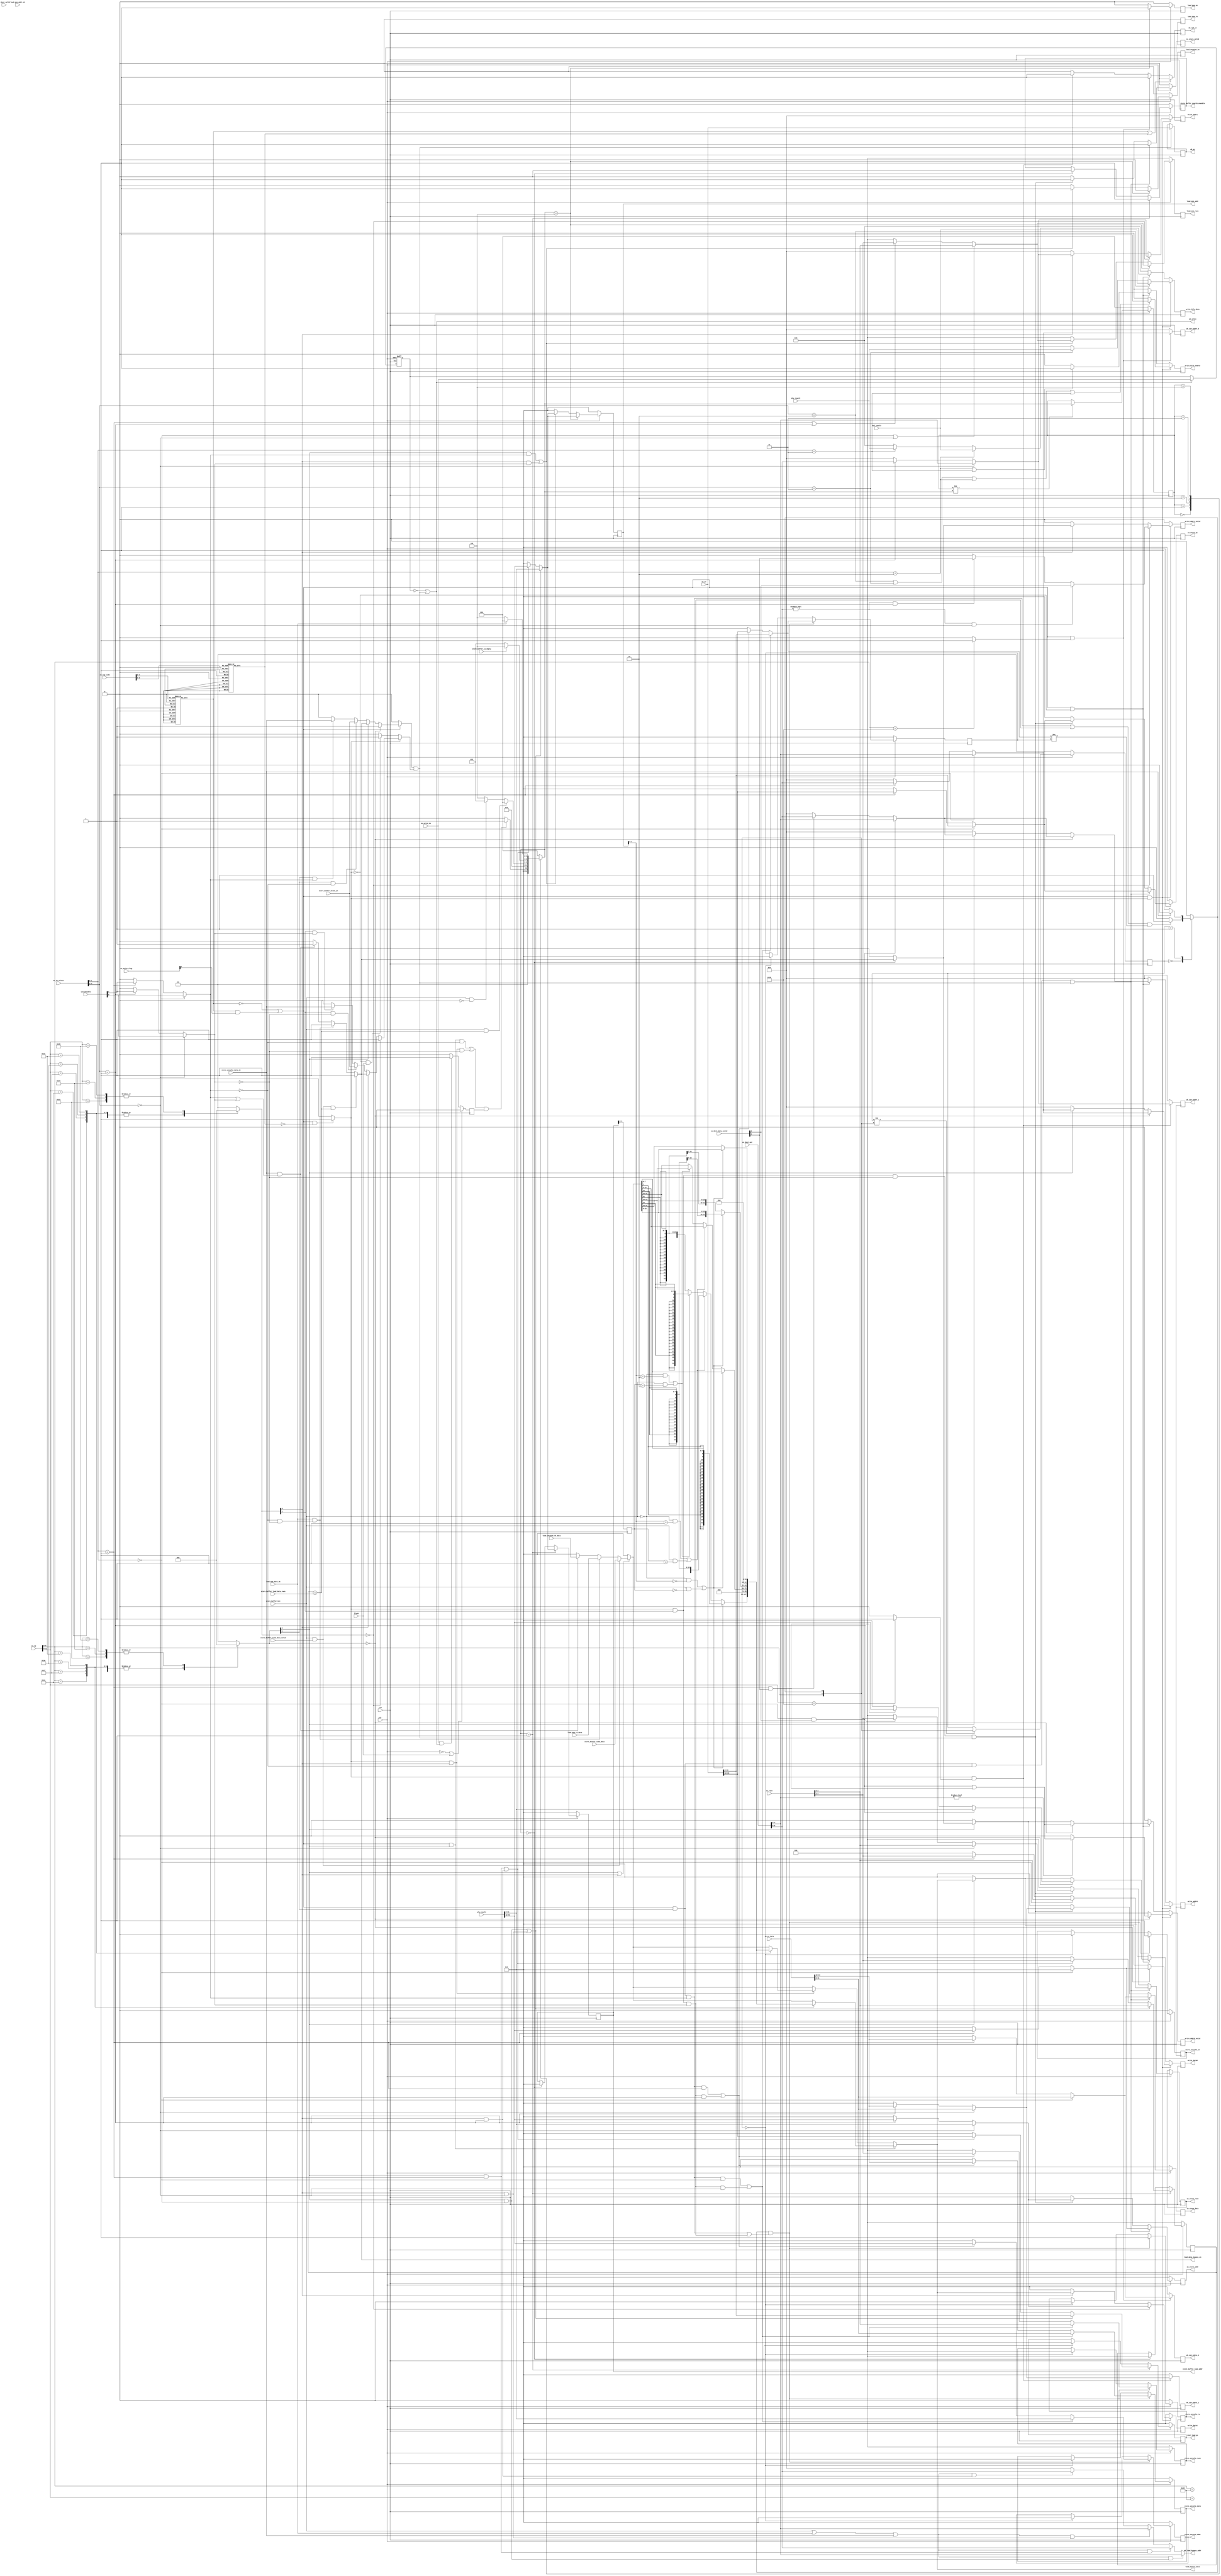
`define ISA_EXC_NO_EXC	   5'h10	// No exception
`define ISA_EXC_INT	   	   5'h00	// Interuption
`define ISA_EXC_RI 		   5'h0a	// Reserve
`define ISA_EXC_OV                5'h0c	// Arithmetic overflow
`define ISA_EXC_ADEL            5'h04	// Aligned Data Error of Load
`define ISA_EXC_ADES	           5'h05	// Aligned Data Error of Read
`define ISA_EXC_SYS	           5'h08	// System Call
`define ISA_EXC_BP                5'h09	// Break Point

`define ISA_OP_LB   	   6'h20 // 
`define ISA_OP_LBU		   6'h24 // 
`define ISA_OP_LH		   6'h21 // 
`define ISA_OP_LHU		   6'h25 // 
`define ISA_OP_LW		   6'h23 // 
`define ISA_OP_SB		   6'h28 // 
`define ISA_OP_SH		   6'h29 // 
`define ISA_OP_SW		   6'h2b // 
`define	INSN_MTC0		6'h38


`define INSN_ADD		6'h00
`define	INSN_ADDI		6'h01
`define	INSN_ADDU		6'h02
`define	INSN_ADDIU		6'h03
`define	INSN_SUB		6'h04
`define	INSN_SUBU		6'h05
`define	INSN_SLT		6'h06
`define	INSN_SLTI		6'h07
`define	INSN_SLTU		6'h08
`define	INSN_SLTIU		6'h09
`define	INSN_DIV		6'h0a
`define	INSN_DIVU		6'h0b
`define INSN_MULT		6'h0c
`define	INSN_MULTU		6'h0d
`define	INSN_AND		6'h0e
`define	INSN_ANDI		6'h0f
`define	INSN_LUI		6'h10
`define	INSN_NOR		6'h11
`define	INSN_OR			6'h12
`define	INSN_ORI		6'h13
`define	INSN_XOR		6'h14
`define	INSN_XORI		6'h15
`define	INSN_SLL		6'h16
`define INSN_SLLV		6'h17
`define	INSN_SRA		6'h18
`define	INSN_SRAV		6'h19
`define	INSN_SRL		6'h1a
`define	INSN_SRLV		6'h1b
`define	INSN_BEQ		6'h1c
`define	INSN_BNE		6'h1d
`define	INSN_BGEZ		6'h1e
`define	INSN_BGTZ		6'h1f
`define	INSN_BLEZ		6'h20
`define	INSN_BLTZ		6'h21
`define	INSN_BLTZAL		6'h22
`define	INSN_BGEZAL		6'h23
`define	INSN_J			6'h24
`define	INSN_JAL		6'h25
`define	INSN_JR			6'h26
`define	INSN_JALR		6'h27
`define	INSN_MFHI		6'h28
`define INSN_MFLO		6'h29
`define	INSN_MTHI		6'h2a
`define	INSN_MTLO		6'h2b
`define	INSN_BREAK		6'h2c
`define	INSN_SYSCALL	6'h2d
`define	INSN_LB			6'h2e
`define	INSN_LBU		6'h2f
`define	INSN_LH			6'h30
`define	INSN_LHU		6'h31
`define	INSN_LW			6'h32
`define	INSN_SB			6'h33
`define	INSN_SH			6'h34
`define	INSN_SW			6'h35
`define	INSN_ERET		6'h36
`define	INSN_MFC0		6'h37
`define	INSN_MTC0		6'h38
`define	INSN_RI			6'h39
`define	INSN_NOP		6'h3a
	
/*********       ISA      define       ************/
`define ISA_EXC_ERET               5'h11
/*********       Internal define        ************/
`define WordAddrBus_2way			63:0
`define WordAddrBus_way0           31:0
`define WordAddrBus_way1          63:32
`define AluOpBus_2way              11:0
`define AluOpBus_way0               5:0
`define AluOpBus_way1              11:6
`define WordDataBus_2way           63:0
`define WordDataBus_way0           31:0
`define WordDataBus_way1          63:32
`define DestAddr                    4:0
`define DestAddr_2way               9:0
`define DestAddr_way0               4:0
`define DestAddr_way1               9:5
`define isbrflag_2way               1:0
`define MemOpBus_2way               3:0
`define CtrlOpBus_2way              3:0
`define RegAddrBus_2way             9:0
`define IsaExpBus_2way              9:0
`define IsaExpBus_way0              4:0
`define IsaExpBus_way1              9:5
`define UnCache2WayBus		         1:0 
`define UnCacheCheckWay0	       31:16
`define UnCacheCheckWay1	       63:48
`define DestValid_2way              1:0
`define FUen                        3:0
`define FUen_MUL                    2
`define FUen_DIV                    3
`define BranchCond_2Way             1:0    
`define En2Bus                      1:0
`define PtabaddrBus_2way		     9:0
`define PtabdataBus_2way		   127:0
`define PtabdataBus_way0		    63:0
`define PtabdataBus_way1		  127:64
`define Ptabnextpc_way0	        31:0
`define Ptabnextpc_way1	       95:64
`define Delotflag_2Way              1:0    
`define FUselect_2way               3:0
`define 	RwenBus_2way             7:0
`define 	RwenBus_way0             3:0
`define 	RwenBus_way1             7:4
`define     offset_way0             1:0
`define     offset_way1           33:32

`define IDLE            3'b000
`define SB_SEARCH_BEGIN 3'b001
`define SB_SEARCH       3'b010
`define WAIT_SB_EMPTY   3'b011
`define CACHE_SEARCH    3'b100

module write_back_to_register(
	input clk,
	input rst_,
	input flush,
	
	//----EX---//
	input ex_valid_ns,
    input [`WordDataBus_2way] alu_result,
	input [`WordDataBus_2way] mul_result,
	input [`WordDataBus_2way] div_result,

	input [`WordDataBus_2way] ex_wr_data,		
	input [`RwenBus_2way]     ex_rwen,
	input [`DestAddr_2way]	  ex_Dest_out,
	input [`DestValid_2way]	  ex_Dest_valid,
	input [1:0] ex_Dest_data_valid,
	input [`Delotflag_2Way]   ex_delot_flag,
	input [`FUselect_2way]    ex_fu_select,
	input [`WordAddrBus_2way] ex_pc,
	input [`AluOpBus_2way]	  ex_op,
	input [`IsaExpBus_2way]   ex_exp_code,
	input [`UnCache2WayBus]   uncacheable,
	output        wb_allin,
	
	//----register-file----//
	output reg [4:0]  write_addr0,
	output reg [4:0]  write_addr1,
	output reg        write_addr0_valid,
	output reg        write_addr1_valid,
	output reg [31:0] write_data0,
	output reg [31:0] write_data1,
	output reg [63:0] write_hilo_data,
	output reg        write_hilo_enable,
	
	//----store_buffer----//
	input store_buffer_allow_in,
	input store_buffer_is_empty,
	output reg [31:0] in_store_data,
	output reg [31:0] in_store_addr,
	output reg [3:0]  in_store_rwen,
	//output reg        in_store_uncache,
	output reg        in_store_valid,
	output reg [31:0] in_store_pc,
	
	//----cache-----//
	input        store_buffer_hit,
	input [31:0] store_buffer_load_data,
	input        load_mem_data_ok,
	input        load_mem_addr_ok,
	input [31:0] load_uncache_rd_data,
	input [31:0] load_mem_rd_data,
	input        store_buffer_load_data_valid,
	input [3:0]  store_buffer_load_data_rwen,
	
	output reg [31:0] store_buffer_load_addr,
	output reg        store_buffer_search_enanble,
	output reg [3:0]  load_mem_rwen,
	output reg        load_mem_rw,
	output reg        load_mem_en,
	output reg [31:0] load_mem_addr,	
	output reg        load_uncache_en,
	output reg     [63:0] wb_pc,
	output reg        wb_cp0_we,
	output reg [4:0]  wb_cp0_waddr_0,
	output reg [4:0]  wb_cp0_waddr_1,
	output reg [31:0] wb_cp0_wdata_0,
	output reg [31:0] wb_cp0_wdata_1,
	
	output reg [31:0] store_uncache_addr,
	output reg [31:0] store_uncache_data,
	output reg [3:0]  store_uncache_rwen,
	output reg        store_uncache_rw,
	output reg       store_uncache_en,
	output wire       [31:0] load_bupass_data,
	output wire       load_data_bypass_en,
	output reg [31:0] inst_load_pc,
	input             store_uncache_data_ok,
    output [4:0]  wb_load_bypass_addr
);

	wire [4:0] inst0_exe_code;
	wire [4:0] inst1_exe_code;
	wire       inst0_retire_enable;
	wire       inst1_retire_enable;	
	reg        inst0_exc_detect;
	reg        inst1_exc_detect;
	reg [31:0] load_data;
	//reg [31:0] store_buffer_load_data_select;//fresh
	reg [31:0] load_data_select;
	reg [31:0] load; //fresh
	reg        load_data_seletc_valid;
	reg        inst0_issued;
	reg        inst1_issued;
	reg        wait_store_buffer_is_empty;

assign load_bupass_data = load_data_select;

wire inst0_delot_flag;
wire inst1_delot_flag;

assign inst0_delot_flag = ex_delot_flag[0];
assign inst1_delot_flag = ex_delot_flag[1];

wire state_change;
reg [2:0] state;
reg [2:0] nextstate;

wire inst0_load_cache;
wire inst1_load_cache;
wire [31:0] load_pc_now; 



//----load and store detect----//
wire [5:0] inst0_op;
wire [5:0] inst1_op;
assign inst0_op = ex_op[5:0];
assign inst1_op = ex_op[11:6];

reg [1:0] inst0_load_store_detect;
reg [1:0] inst1_load_store_detect;
wire inst0_load_detect;
wire inst1_load_detect;
wire inst0_store_detect;
wire inst1_store_detect;

assign inst0_load_detect  = inst0_load_store_detect[0];
assign inst0_store_detect = inst0_load_store_detect[1];
assign inst1_load_detect  = inst1_load_store_detect[0];
assign inst1_store_detect = inst1_load_store_detect[1];

wire inst0_mtc0_detect;
wire inst1_mtc0_detect;

assign inst0_mtc0_detect = (inst0_op == `INSN_MTC0)? 1'b1 : 1'b0;
assign inst1_mtc0_detect = (inst1_op == `INSN_MTC0)? 1'b1 : 1'b0;
	
	


//----exc detect----//	
assign inst1_exe_code = ex_exp_code[9:5];
assign inst0_exe_code = ex_exp_code[4:0];

assign inst0_retire_enable = (!inst0_exc_detect) || (inst0_exc_detect && inst1_delot_flag) ;
assign inst1_retire_enable = ((inst0_retire_enable)&&(!inst1_exc_detect))? 1'b1 : 1'b0;

always @(*)begin
	case (inst0_exe_code)
		`ISA_EXC_NO_EXC: inst0_exc_detect = 1'b0;
		`ISA_EXC_INT,`ISA_EXC_RI,`ISA_EXC_OV,`ISA_EXC_ADEL,`ISA_EXC_ADES,`ISA_EXC_SYS,`ISA_EXC_BP: inst0_exc_detect = 1'b1;
		default: inst0_exc_detect = 1'b1;
	endcase
	
	case (inst1_exe_code)
		`ISA_EXC_NO_EXC: inst1_exc_detect = 1'b0;
		`ISA_EXC_INT,`ISA_EXC_RI,`ISA_EXC_OV,`ISA_EXC_ADEL,`ISA_EXC_ADES,`ISA_EXC_SYS,`ISA_EXC_BP: inst1_exc_detect = 1'b1;
		default: inst1_exc_detect = 1'b1;
	endcase	
end

//----write_data_to_register----//
wire [1:0] inst0_fu_select;
wire [1:0] inst1_fu_select;
wire [4:0] alu0_write_addr;
wire [4:0] alu1_write_addr;
wire       alu0_write_addr_valid;
wire       alu1_write_addr_valid;

wire [31:0] alu0_result;
wire [31:0] alu1_result;

assign alu0_result = alu_result[31:0];
assign alu1_result = alu_result[63:32];

assign inst0_fu_select = ex_fu_select[1:0];
assign inst1_fu_select = ex_fu_select[3:2];

assign alu0_write_addr = ex_Dest_out[4:0];
assign alu1_write_addr = ex_Dest_out[9:5];

assign alu0_write_addr_valid = ex_Dest_data_valid[0];
assign alu1_write_addr_valid = ex_Dest_data_valid[1];

wire inst0_uncache;
wire inst1_uncache;

wire [31:0] alu0_wr_data;
wire [31:0] alu1_wr_data;
wire [3:0]  alu0_ex_rwen;
wire [3:0]  alu1_ex_rwen;
wire        alu0_uncacheable;
wire        alu1_uncacheable;

assign inst0_uncache = (inst0_fu_select == 2'b00)? alu0_uncacheable : (inst0_fu_select == 2'b01)? alu1_uncacheable : 1'b0;
assign inst1_uncache = (inst1_fu_select == 2'b00)? alu0_uncacheable : (inst1_fu_select == 2'b01)? alu1_uncacheable : 1'b0;

assign alu0_wr_data = ex_wr_data[31:0];
assign alu1_wr_data = ex_wr_data[63:32];

assign alu0_ex_rwen = ex_rwen[3:0];
assign alu1_ex_rwen = ex_rwen[7:4];

assign alu0_uncacheable = uncacheable[0];
assign alu1_uncacheable = uncacheable[1];



/*

always @(*)begin
		wb_allin = 1'b1;
end
*/
reg inst0_ready_write;
reg inst1_ready_write;
reg [3:0] store_buffer_search_rwen;

	wire wb_ready_go;
	reg wb_valid;
	
	assign wb_ready_go = inst0_ready_write & inst1_ready_write;
	assign wb_allin = !wb_valid || wb_ready_go;
	
always @(posedge clk or negedge rst_) begin
	if (!rst_) begin
		wb_valid <= 1'b0;		
	end
	else if (wb_allin) begin
		wb_valid <= ex_valid_ns;
	end
end

always@(posedge clk)begin
	if (wb_ready_go) begin 
		wb_pc <= ex_pc;
	end
end

wire [3:0] rwen_hit;
wire rwen_hit_ok;
/*always@(*)begin
    rwen_hit[3] = ~((~store_buffer_search_rwen [3]) & (store_buffer_load_data_rwen [3]));
    rwen_hit[2] = ~((~store_buffer_search_rwen [2]) & (store_buffer_load_data_rwen [2]));
    rwen_hit[1] = ~((~store_buffer_search_rwen [1]) & (store_buffer_load_data_rwen [1]));
    rwen_hit[0] = ~((~store_buffer_search_rwen [0]) & (store_buffer_load_data_rwen [0]));
    rwen_hit_ok = & rwen_hit;
end*/
assign rwen_hit_ok = (store_buffer_search_rwen == store_buffer_load_data_rwen);//20190801biang

	
always@(*)begin
	if(inst0_retire_enable)begin
		if(inst0_load_store_detect == 2'b00)            inst0_ready_write = 1'b1;
		else if(inst0_load_detect)                      inst0_ready_write = load_data_seletc_valid;
		else if((inst0_store_detect)&&(!inst0_uncache)) inst0_ready_write = store_buffer_allow_in;
		else if((inst0_store_detect)&&( inst0_uncache)) inst0_ready_write = store_uncache_data_ok;
		else                                            inst0_ready_write = 1'b0;
	end
	else begin
		inst0_ready_write = 1'b0;
	end

	if(inst1_retire_enable)begin
		if(inst1_load_store_detect == 2'b00)            inst1_ready_write = 1'b1;
		else if(inst1_load_detect)                      inst1_ready_write = load_data_seletc_valid;
		else if((inst1_store_detect)&&(!inst1_uncache)) inst1_ready_write = store_buffer_allow_in;
		else if((inst1_store_detect)&&( inst1_uncache)) inst1_ready_write = store_uncache_data_ok;
		else                                            inst1_ready_write = 1'b0;
	end
	else if(!inst1_retire_enable &&(flush))begin
		inst1_ready_write = 1'b1;
	end
	else begin
	   inst1_ready_write = 1'b0;
	end
end

reg inst0_last_pc;
reg inst1_last_pc;

always@(posedge clk)begin
    inst0_last_pc <= ex_pc[31:0];
    inst1_last_pc <= ex_pc[63:32];
end

//----write register-file----//
always @(posedge clk)begin
	if((inst0_retire_enable)&&(inst1_retire_enable))begin
	
		if(inst0_load_store_detect == 2'b00)begin
			/*write_addr0 <= ((inst0_fu_select == 2'b00)&&(alu0_write_addr_valid))? alu0_write_addr : 
			               ((inst0_fu_select == 2'b01)&&(alu1_write_addr_valid))? alu1_write_addr : 5'b0;*/
			               
			write_addr0 <= (inst0_fu_select == 2'b00)? alu0_write_addr : 
			               (inst0_fu_select == 2'b01)? alu1_write_addr : 5'b0;			         
						  
			write_addr0_valid <= (alu0_write_addr!=5'b0)?((inst0_fu_select == 2'b00)&&(alu0_write_addr_valid))|((inst0_fu_select == 2'b01)&&(alu1_write_addr_valid)):'b0;
			
			/*write_addr0_valid <= (inst0_fu_select == 2'b00)|(inst0_fu_select == 2'b01);*/
			
			/*write_data0 <= ((inst0_fu_select == 2'b00)&&(alu0_write_addr_valid))? alu0_result :
			               ((inst0_fu_select == 2'b01)&&(alu1_write_addr_valid))? alu1_result : 32'b0;*/
						   
			write_data0 <= (inst0_fu_select == 2'b00)? alu0_result :
			               (inst0_fu_select == 2'b01)? alu1_result : 32'b0;			
		end
		else if(inst0_load_detect)begin
			/*write_addr0 <= ((inst0_fu_select == 2'b00)&&(alu0_write_addr_valid))? alu0_write_addr : 
			               ((inst0_fu_select == 2'b01)&&(alu1_write_addr_valid))? alu1_write_addr :5'b0;*/

			write_addr0 <= (inst0_fu_select == 2'b00)? alu0_write_addr : 
			               (inst0_fu_select == 2'b01)? alu1_write_addr : 5'b0;	
						   
			write_addr0_valid <= (nextstate == `IDLE)? load_data_seletc_valid : 1'b0;
			
			write_data0       <= load_data_select;
		end
		else begin
			write_addr0       <= 5'b0;
			write_addr0_valid <= 1'b0;
			write_data0       <= 32'b0;
		end		
		
		if(inst1_load_store_detect == 2'b00)begin	
			/*write_addr1 <= ((inst1_fu_select == 2'b00)&&(alu0_write_addr_valid))? alu0_write_addr : 
			               ((inst1_fu_select == 2'b01)&&(alu1_write_addr_valid))? alu1_write_addr : 5'b0;*/
						  
			write_addr1 <= (inst1_fu_select == 2'b00)? alu0_write_addr : 
			               (inst1_fu_select == 2'b01)? alu1_write_addr :5'b0;

			write_addr1_valid <= (alu1_write_addr!=5'b0 && inst1_fu_select == 2'b00)?alu0_write_addr_valid:
			                     (alu1_write_addr!=5'b0 && inst1_fu_select == 2'b01)?alu1_write_addr_valid:'b0;
			
			/*write_addr1_valid <= (inst1_fu_select == 2'b00)|(inst1_fu_select == 2'b01);*/
			
			/*write_data1 <= ((inst1_fu_select == 2'b00)&&(alu0_write_addr_valid))? alu0_result :
			               ((inst1_fu_select == 2'b01)&&(alu1_write_addr_valid))? alu1_result : 32'b0;*/
						   
			write_data1 <= (inst1_fu_select == 2'b00)? alu0_result :
			               (inst1_fu_select == 2'b01)? alu1_result : 32'b0;						   
		end		
		else if(inst1_load_detect)begin
			/*write_addr1 <= ((inst1_fu_select == 2'b00)&&(alu0_write_addr_valid))? alu0_write_addr : 
			               ((inst1_fu_select == 2'b01)&&(alu1_write_addr_valid))? alu1_write_addr : 5'b0;*/
						  
			write_addr1 <= (inst1_fu_select == 2'b00)? alu0_write_addr : 
			               (inst1_fu_select == 2'b01)? alu1_write_addr :5'b0;
						  
			write_addr1_valid <= (nextstate == `IDLE)? load_data_seletc_valid : 1'b0;
			
			write_data1       <= load_data_select;
		end
		else begin
			write_addr1       <= 5'b0;
			write_addr1_valid <= 1'b0;
			write_data1       <= 32'b0;
		end
		
		write_hilo_enable <= ((inst1_fu_select == 2'b10)||(inst1_fu_select == 2'b11)||(inst0_fu_select == 2'b10)||(inst0_fu_select == 2'b11))? 1'b1 : 1'b0;
		write_hilo_data   <= (inst1_fu_select == 2'b10)? mul_result : 
						     (inst1_fu_select == 2'b11)? div_result : 
						     (inst0_fu_select == 2'b10)? mul_result : 
						     (inst0_fu_select == 2'b11)? div_result : 64'b0;
		
	end
	else if((inst0_retire_enable)&&(!inst1_retire_enable))begin
	    write_addr1       <= 5'b0;
		write_addr1_valid <= 1'b0;
		write_data1       <= 32'b0;
		if(inst0_load_store_detect == 2'b00)begin
			write_addr0 <= ((inst0_fu_select == 2'b00)&&(alu0_write_addr_valid))? alu0_write_addr : 
			               ((inst0_fu_select == 2'b01)&&(alu1_write_addr_valid))? alu1_write_addr : 5'b0;
						  
			write_addr0_valid <= ((inst0_fu_select == 2'b00)&&(alu0_write_addr_valid))|((inst0_fu_select == 2'b01)&&(alu1_write_addr_valid));
			
			write_data0 <= ((inst0_fu_select == 2'b00)&&(alu0_write_addr_valid))? alu0_result :
			               ((inst0_fu_select == 2'b01)&&(alu1_write_addr_valid))? alu1_result : 32'b0;
		end
		else if(inst0_load_detect)begin
			write_addr0 <= ((inst0_fu_select == 2'b00)&&(alu0_write_addr_valid))? alu0_write_addr : 
			               ((inst0_fu_select == 2'b01)&&(alu1_write_addr_valid))? alu1_write_addr : 5'b0;
						  
			write_addr0_valid <= (nextstate == `IDLE)? load_data_seletc_valid : 1'b0;
			
			write_data0       <= load_data_select;
		end
		else begin
			write_addr0       <= 5'b0;
			write_addr0_valid <= 1'b0;
			write_data0       <= 32'b0;
		end			
	
		write_hilo_enable <= ((inst0_fu_select == 2'b10)||(inst0_fu_select == 2'b11))? 1'b1 : 1'b0;
		write_hilo_data   <= (inst0_fu_select == 2'b10)? mul_result : 
						     (inst0_fu_select == 2'b11)? div_result : 64'b0;
			
	end
	else begin
		write_addr0       <= 5'b0;
		write_addr0_valid <= 1'b0;
		write_data0       <= 32'b0;
		
		write_addr1       <= 5'b0;
		write_addr1_valid <= 1'b0;
		write_data1       <= 32'b0;
		
		write_hilo_enable <= 1'b0;
		write_hilo_data   <= 64'b0;
	end
end




//----load and store detect----//
always@(posedge clk)begin
	if((inst0_retire_enable)&&(inst0_mtc0_detect))begin

		wb_cp0_wdata_0 <= (inst0_fu_select == 2'b00)? alu0_wr_data    : (inst0_fu_select == 2'b01)? alu1_wr_data    : 32'b0;
		wb_cp0_waddr_0 <= (inst0_fu_select == 2'b00)? alu0_write_addr : (inst0_fu_select == 2'b01)? alu1_write_addr : 5'b0;
		
	end
	else begin
		wb_cp0_wdata_0 <= 32'b0;
		wb_cp0_waddr_0 <= 5'b0;	
	end

	if((inst1_retire_enable)&&(inst1_mtc0_detect))begin
	
		wb_cp0_wdata_1 <= (inst1_fu_select == 2'b00)? alu0_wr_data    : (inst1_fu_select == 2'b01)? alu1_wr_data    : 32'b0;
		wb_cp0_waddr_1 <= (inst1_fu_select == 2'b00)? alu0_write_addr : (inst1_fu_select == 2'b01)? alu1_write_addr : 5'b0;
		
	end
	else begin
		wb_cp0_wdata_1 <= 32'b0;
		wb_cp0_waddr_1 <= 5'b0;	
	end

	wb_cp0_we <= (inst0_exc_detect || inst1_exc_detect)?1'b0:((inst0_retire_enable)&&(inst0_mtc0_detect))? 1'b1 : ((inst1_retire_enable)&&(inst1_mtc0_detect))? 1'b1 : 1'b0;
end



always @(*)begin
	case (inst0_op)
		`INSN_LB  : inst0_load_store_detect = 2'b01;//01 <- load 
		`INSN_LBU : inst0_load_store_detect = 2'b01;//10 <- store
		`INSN_LH  : inst0_load_store_detect = 2'b01;
		`INSN_LHU : inst0_load_store_detect = 2'b01;
		`INSN_LW  : inst0_load_store_detect = 2'b01;
		`INSN_SB  : inst0_load_store_detect = 2'b10;
		`INSN_SH  : inst0_load_store_detect = 2'b10;
		`INSN_SW  : inst0_load_store_detect = 2'b10;
		default   : inst0_load_store_detect = 2'b00;
	endcase
	
	case (inst1_op)
		`INSN_LB  : inst1_load_store_detect = 2'b01;//01 <- load 
		`INSN_LBU : inst1_load_store_detect = 2'b01;//10 <- store
		`INSN_LH  : inst1_load_store_detect = 2'b01;
		`INSN_LHU : inst1_load_store_detect = 2'b01;
		`INSN_LW  : inst1_load_store_detect = 2'b01;
		`INSN_SB  : inst1_load_store_detect = 2'b10;
		`INSN_SH  : inst1_load_store_detect = 2'b10;
		`INSN_SW  : inst1_load_store_detect = 2'b10;
		default   : inst1_load_store_detect = 2'b00;
	endcase
end



assign load_pc_now =  (((inst0_load_detect) && (inst0_fu_select == 2'b00))||((inst1_load_detect) && (inst1_fu_select == 2'b00)))? ex_pc[31:0]  :  
		                               (((inst0_load_detect) && (inst0_fu_select == 2'b01))||((inst1_load_detect) && (inst1_fu_select == 2'b01)))? ex_pc[63:32]   : 32'b0;

assign inst0_load_cache = ((inst0_retire_enable)&&(inst0_load_detect)&&(!inst0_uncache));
assign inst1_load_cache = ((inst1_retire_enable)&&(inst1_load_detect)&&(!inst1_uncache));

assign 	state_change 		= (state != nextstate);	

	always @ (posedge clk) begin
		if(!rst_) begin
			state <= `IDLE;
		end
		else if (state_change) begin
			state <= nextstate;
		end
	end

reg new_in;
always@(posedge clk)begin
    if(!rst_ | flush)begin
        new_in <= 1'b0;
    end
    else if((ex_valid_ns) && (wb_allin))begin
        new_in <= 1'b1;
    end
    else begin
         new_in <= 1'b0;
    end
end


	always @(*) begin
		case (state)
			`IDLE    	     : nextstate =	((inst0_load_cache || inst1_load_cache)&& (new_in))? `SB_SEARCH_BEGIN : `IDLE;
			`SB_SEARCH_BEGIN : nextstate =  `SB_SEARCH;
			`SB_SEARCH       : nextstate = ((store_buffer_hit) && (rwen_hit_ok))? `IDLE : ((store_buffer_hit) && (!rwen_hit_ok))? `WAIT_SB_EMPTY :`CACHE_SEARCH;
			`WAIT_SB_EMPTY   : nextstate = (store_buffer_is_empty)? `CACHE_SEARCH : `WAIT_SB_EMPTY;
			`CACHE_SEARCH    : nextstate = (load_mem_data_ok)? `IDLE : `CACHE_SEARCH;
			default		     : nextstate = `IDLE;
		endcase
	end
	


//----load data from mem or cache----//
always @(posedge clk)begin//----store_cache_type----//
    if(!rst_)begin
 		store_buffer_load_addr      <= 32'b0;
		store_buffer_search_enanble <= 1'b0;      
		inst_load_pc                <=  32'b0;
		store_buffer_search_rwen    <=4'b0;
    end
	else if(nextstate == `SB_SEARCH_BEGIN )begin
		store_buffer_load_addr      <= (((inst0_load_detect) && (inst0_fu_select == 2'b00))||((inst1_load_detect) && (inst1_fu_select == 2'b00)))? alu0_result  :  
		                               (((inst0_load_detect) && (inst0_fu_select == 2'b01))||((inst1_load_detect) && (inst1_fu_select == 2'b01)))? alu1_result  : 32'b0;
		store_buffer_search_enanble <= 1'b1;
		
		store_buffer_search_rwen    <= (((inst0_load_detect) && (inst0_fu_select == 2'b00))||((inst1_load_detect) && (inst1_fu_select == 2'b00)))? alu0_ex_rwen  :  
		                               (((inst0_load_detect) && (inst0_fu_select == 2'b01))||((inst1_load_detect) && (inst1_fu_select == 2'b01)))? alu1_ex_rwen  : 32'b0;
		
		inst_load_pc                <= (((inst0_load_detect) && (inst0_fu_select == 2'b00))||((inst1_load_detect) && (inst1_fu_select == 2'b00)))? ex_pc[31:0]  :  
		                               (((inst0_load_detect) && (inst0_fu_select == 2'b01))||((inst1_load_detect) && (inst1_fu_select == 2'b01)))? ex_pc[63:32]   : 32'b0;
	end
	else if(nextstate == `IDLE )begin
		store_buffer_load_addr      <= 32'b0;
		store_buffer_search_enanble <= 1'b0;
		inst_load_pc                <=  32'b0;
		store_buffer_search_rwen    <=4'b0;
	end
end



always@(posedge clk)begin
	if(!rst_)begin
		load_mem_addr   <= 32'b0;
		load_mem_rwen   <= 4'b0;
		load_mem_rw     <= 1'b0;
		load_mem_en     <= 1'b0;
		load_uncache_en <= 1'b0;
	end
	else if(nextstate == `CACHE_SEARCH)begin
		load_mem_addr   <= (((inst0_load_detect) && (inst0_fu_select == 2'b00))||((inst1_load_detect) && (inst1_fu_select == 2'b00)))? alu0_result  :  
		                   (((inst0_load_detect) && (inst0_fu_select == 2'b01))||((inst1_load_detect) && (inst1_fu_select == 2'b01)))? alu1_result  : 32'b0;
		load_mem_rwen   <= (inst0_fu_select == 2'b00 || inst1_fu_select == 2'b00)? alu0_ex_rwen     : (inst0_fu_select == 2'b01 || inst1_fu_select == 2'b01)? alu1_ex_rwen     : 4'b0;
		load_mem_rw     <= 1'b0;
		load_mem_en     <= 1'b1;
		load_uncache_en <= 1'b0;
	end
	else if((inst0_load_detect & inst0_uncache) | (inst1_load_detect & inst1_uncache) )begin
		load_mem_addr   <= (((inst0_load_detect) && (inst0_fu_select == 2'b00))||((inst1_load_detect) && (inst1_fu_select == 2'b00)))? alu0_result  :  
		                   (((inst0_load_detect) && (inst0_fu_select == 2'b01))||((inst1_load_detect) && (inst1_fu_select == 2'b01)))? alu1_result  : 32'b0;
		load_mem_rwen   <= (inst0_fu_select == 2'b00 || inst1_fu_select == 2'b00)? alu0_ex_rwen     : (inst0_fu_select == 2'b01 || inst1_fu_select == 2'b01)? alu1_ex_rwen     : 4'b0;
		load_mem_rw     <= 1'b0;
		load_mem_en     <= 1'b0;
		load_uncache_en <= 1'b1;
	end
	else begin
		load_mem_addr   <= 32'b0;
		load_mem_rwen   <= 4'b0;
		load_mem_rw     <= 1'b0;
		load_mem_en     <= 1'b0;
		load_uncache_en <= 1'b0;
	end
end


always@(*)begin
	if((inst0_load_detect)||(inst1_load_detect))begin
		load_data = (store_buffer_hit && store_buffer_load_data_valid)? store_buffer_load_data : (load_mem_data_ok && (!inst0_uncache && !inst1_uncache))? load_mem_rd_data : (store_uncache_data_ok &&(inst0_uncache || inst1_uncache))? load_uncache_rd_data : 32'b0;
	end
	else begin
		load_data = 32'b0;
	end
end

always@(*)begin
	load_data_seletc_valid = (store_buffer_hit && store_buffer_load_data_valid && rwen_hit_ok)? 1'b1 : (load_mem_data_ok && (!inst0_uncache && !inst1_uncache))?  1'b1  : (store_uncache_data_ok &&(inst0_uncache || inst1_uncache))?  1'b1  : 1'b0;
end
    assign load_data_bypass_en = load_data_seletc_valid;
/*
always @(posedge clk)begin
	if((inst0_load_detect)||(inst1_load_detect))begin
		wb_allin <= (store_buffer_hit && store_buffer_load_data_valid)? 1'b1 : (load_mem_data_ok && load_mem_en)? 1'b1 : (load_mem_data_ok )?1'b1 : 1'b0;
	end
	else if ((inst0_store_detect && (!inst0_uncache))||(inst1_store_detect && (!inst1_uncache)))begin
		wb_allin <= store_buffer_allow_in;
	end
	else if((inst0_store_detect && inst0_uncache)||(inst1_store_detect && inst1_uncache))begin
		wb_allin <= store_uncache_data_ok;
	end
	else begin
		wb_allin <= 1'b1;
	end
end
*/



//----select data----//
/*always @(*)begin

	if((inst0_retire_enable)&&(inst0_load_detect))begin
		case (inst0_op)
			`INSN_LB  : load_data_select = {{24{load_data[7]}},load_data[7:0]};
			`INSN_LBU : load_data_select = {24'b0,load_data[7:0]};
			`INSN_LH  : load_data_select = {{16{load_data[15]}},load_data[15:0]};
			`INSN_LHU : load_data_select = {16'b0,load_data[15:0]};
			`INSN_LW  : load_data_select = load_data;
			default   : load_data_select = load_data;
		endcase
	end
	else if((inst1_retire_enable)&&(inst1_load_detect))begin
		case (inst1_op)
			`INSN_LB  : load_data_select = {{24{load_data[7]}},load_data[7:0]};
			`INSN_LBU : load_data_select = {24'b0,load[7:0]};
			`INSN_LH  : load_data_select = {{16{load_data[15]}},load_data[15:0]};
			`INSN_LHU : load_data_select = {16'b0,load_data[15:0]};
			`INSN_LW  : load_data_select = load_data;
			default   : load_data_select = load_data;
		endcase
	end
	else begin
		load_data_select = load_data;
	end
end*/  // by ysr 20190731
reg [31:0] store_buffer_load_addr_reg;//by  ysr 0731
always @ (posedge clk)begin
   store_buffer_load_addr_reg   <= store_buffer_load_addr; 
end



assign wb_load_bypass_addr = ((store_buffer_hit || load_mem_data_ok || store_uncache_data_ok )&&(inst0_load_detect && inst0_fu_select == 2'b00))? alu0_write_addr :
                             ((store_buffer_hit || load_mem_data_ok || store_uncache_data_ok )&&(inst0_load_detect && inst0_fu_select == 2'b01))? alu1_write_addr :
                             ((store_buffer_hit || load_mem_data_ok || store_uncache_data_ok )&&(inst1_load_detect && inst1_fu_select == 2'b00))? alu0_write_addr :
                             ((store_buffer_hit || load_mem_data_ok || store_uncache_data_ok )&&(inst1_load_detect && inst1_fu_select == 2'b01))? alu1_write_addr : 5'b0;




always @(*)begin

	if((inst0_retire_enable)&&(inst0_load_detect))begin
		case (inst0_op)
			`INSN_LB  : load_data_select = (((!store_buffer_hit)&&(load_mem_addr[1:0]==2'b00))|((store_buffer_hit)&&(store_buffer_load_addr_reg[1:0]==2'b00)))?{{24{load_data[7]}},load_data[7:0]}:
			                               (((!store_buffer_hit)&&(load_mem_addr[1:0]==2'b01))|((store_buffer_hit)&&(store_buffer_load_addr_reg[1:0]==2'b01)))?{{24{load_data[15]}},load_data[15:8]}:
			                               (((!store_buffer_hit)&&(load_mem_addr[1:0]==2'b10))|((store_buffer_hit)&&(store_buffer_load_addr_reg[1:0]==2'b10)))?{{24{load_data[23]}},load_data[23:16]}:
			                                {{24{load_data[31]}},load_data[31:24]};
			`INSN_LBU : load_data_select = (((!store_buffer_hit)&&(load_mem_addr[1:0]==2'b00))|((store_buffer_hit)&&(store_buffer_load_addr_reg[1:0]==2'b00)))?{24'b0,load_data[7:0]}:
			                               (((!store_buffer_hit)&&(load_mem_addr[1:0]==2'b01))|((store_buffer_hit)&&(store_buffer_load_addr_reg[1:0]==2'b01)))?{24'b0,load_data[15:8]}:
			                               (((!store_buffer_hit)&&(load_mem_addr[1:0]==2'b10))|((store_buffer_hit)&&(store_buffer_load_addr_reg[1:0]==2'b10)))?{24'b0,load_data[23:16]}:
			                                {24'b0,load_data[31:24]};
			`INSN_LH  : load_data_select = (((!store_buffer_hit)&&(load_mem_addr[1:0]==2'b00))|((store_buffer_hit)&&(store_buffer_load_addr_reg[1:0]==2'b00)))?{{16{load_data[15]}},load_data[15:0]}:
			                               {{16{load_data[31]}},load_data[31:16]};
			`INSN_LHU : load_data_select = (((!store_buffer_hit)&&(load_mem_addr[1:0]==2'b00))|((store_buffer_hit)&&(store_buffer_load_addr_reg[1:0]==2'b00)))?{16'b0,load_data[15:0]}:
			                                {16'b0,load_data[31:16]};
			`INSN_LW  : load_data_select = load_data;
			default   : load_data_select = load_data;
		endcase
	end
	else if((inst1_retire_enable)&&(inst1_load_detect))begin
		case (inst1_op)
			`INSN_LB  : load_data_select = (((!store_buffer_hit)&&(load_mem_addr[1:0]==2'b00))|((store_buffer_hit)&&(store_buffer_load_addr_reg[1:0]==2'b00)))?{{24{load_data[7]}},load_data[7:0]}:
			                               (((!store_buffer_hit)&&(load_mem_addr[1:0]==2'b01))|((store_buffer_hit)&&(store_buffer_load_addr_reg[1:0]==2'b01)))?{{24{load_data[15]}},load_data[15:8]}:
			                               (((!store_buffer_hit)&&(load_mem_addr[1:0]==2'b10))|((store_buffer_hit)&&(store_buffer_load_addr_reg[1:0]==2'b10)))?{{24{load_data[23]}},load_data[23:16]}:
			                                {{24{load_data[31]}},load_data[31:24]};
			`INSN_LBU : load_data_select = (((!store_buffer_hit)&&(load_mem_addr[1:0]==2'b00))|((store_buffer_hit)&&(store_buffer_load_addr_reg[1:0]==2'b00)))?{24'b0,load_data[7:0]}:
			                               (((!store_buffer_hit)&&(load_mem_addr[1:0]==2'b01))|((store_buffer_hit)&&(store_buffer_load_addr_reg[1:0]==2'b01)))?{24'b0,load_data[15:8]}:
			                               (((!store_buffer_hit)&&(load_mem_addr[1:0]==2'b10))|((store_buffer_hit)&&(store_buffer_load_addr_reg[1:0]==2'b10)))?{24'b0,load_data[23:16]}:
			                                {24'b0,load_data[31:24]};
			`INSN_LH  : load_data_select = (((!store_buffer_hit)&&(load_mem_addr[1:0]==2'b00))|((store_buffer_hit)&&(store_buffer_load_addr_reg[1:0]==2'b00)))?{{16{load_data[15]}},load_data[15:0]}:
			                               {{16{load_data[31]}},load_data[31:16]};
			`INSN_LHU : load_data_select = (((!store_buffer_hit)&&(load_mem_addr[1:0]==2'b00))|((store_buffer_hit)&&(store_buffer_load_addr_reg[1:0]==2'b00)))?{16'b0,load_data[15:0]}:
			                                {16'b0,load_data[31:16]};
			`INSN_LW  : load_data_select = load_data;
			default   : load_data_select = load_data;
		endcase
	end
	else begin
		load_data_select = load_data;
	end
end

`define STORE_UNCACHE_IDLE  2'b00
`define STORE_UNCACHE_BEGIN 2'B01

reg [1:0] store_uncache_state;
reg [1:0] store_uncache_nextstate;
//----data to cache----//

wire inst0_store_uncache;
wire inst1_store_uncache;

assign inst0_store_uncache = ((inst0_retire_enable)&&(inst0_store_detect)&&(inst0_uncache));
assign inst1_store_uncache = ((inst1_retire_enable)&&(inst1_store_detect)&&(inst1_uncache));

reg [31:0] last_store_uncache_pc;
wire [31:0] now_store_uncache_pc;

assign now_store_uncache_pc =  (((inst0_store_uncache) && (inst0_fu_select == 2'b00))||((inst1_store_uncache) && (inst1_fu_select == 2'b00)))? ex_pc[31:0]  :  
		                       (((inst0_store_uncache) && (inst0_fu_select == 2'b01))||((inst1_store_uncache) && (inst1_fu_select == 2'b01)))? ex_pc[63:32]   : 32'b0;

always@(posedge clk)begin
   if(!rst_)begin
      store_uncache_state <= `STORE_UNCACHE_IDLE;
   end 
   else if(store_uncache_state != store_uncache_nextstate)begin
      store_uncache_state <= store_uncache_nextstate;
   end
end

always@(*)begin
    case(store_uncache_state)
            `STORE_UNCACHE_IDLE  : store_uncache_nextstate = ((inst0_store_uncache || inst1_store_uncache)&&(now_store_uncache_pc != last_store_uncache_pc))?  `STORE_UNCACHE_BEGIN : `STORE_UNCACHE_IDLE;
            `STORE_UNCACHE_BEGIN : store_uncache_nextstate = (store_uncache_data_ok)? `STORE_UNCACHE_IDLE : `STORE_UNCACHE_BEGIN;
            default              : store_uncache_nextstate = `STORE_UNCACHE_IDLE;
    endcase



end

//ysr0804
/*reg [31:0] alu0_result_reg;
reg [31:0] alu0_wr_data_reg;
reg [3:1]  alu0_ex_rwen_reg;
reg [31:0] alu1_result_reg;
reg [31:0] alu1_wr_data_reg;
reg [3:1]  alu1_ex_rwen_reg;
always@ (posedge clk)begin
    alu0_result_reg     <=  alu0_result;
    alu0_wr_data_reg    <=  alu0_wr_data;
    alu0_ex_rwen_reg    <=  alu0_ex_rwen;
    alu1_result_reg     <=  alu1_result;
    alu1_wr_data_reg    <=  alu1_wr_data;
    alu1_ex_rwen_reg    <=  alu1_ex_rwen;
end*/


always@(posedge clk)begin
    if(!rst_)begin
		store_uncache_addr    <= 32'b0;
		store_uncache_data    <= 32'b0;
		store_uncache_rwen    <= 4'b0;
		store_uncache_rw      <= 1'b0;
		store_uncache_en      <= 1'b0;	
		last_store_uncache_pc <=32'b0;
	end
	
//	else if(store_uncache_nextstate == `STORE_UNCACHE_BEGIN )begin
        else if((store_uncache_nextstate == `STORE_UNCACHE_BEGIN)&&(inst0_store_uncache|inst1_store_uncache) )begin
		store_uncache_addr    <= ((inst0_fu_select == 2'b00 && inst0_store_uncache) || (inst1_fu_select == 2'b00 && inst1_store_uncache))? alu0_result      : ((inst0_fu_select == 2'b01 && inst0_store_uncache) || (inst1_fu_select == 2'b01 && inst1_store_uncache))? alu1_result      : 32'b0;
		store_uncache_data    <= ((inst0_fu_select == 2'b00 && inst0_store_uncache) || (inst1_fu_select == 2'b00 && inst1_store_uncache))? alu0_wr_data     : ((inst0_fu_select == 2'b01 && inst0_store_uncache) || (inst1_fu_select == 2'b01 && inst1_store_uncache))? alu1_wr_data     : 32'b0;
		store_uncache_rwen    <= ((inst0_fu_select == 2'b00 && inst0_store_uncache) || (inst1_fu_select == 2'b00 && inst1_store_uncache))? alu0_ex_rwen     : ((inst0_fu_select == 2'b01 && inst0_store_uncache) || (inst1_fu_select == 2'b01 && inst1_store_uncache))? alu1_ex_rwen     : 4'b0;
		store_uncache_rw      <= 1'b1;
		store_uncache_en      <= 1'b1;
		last_store_uncache_pc <= now_store_uncache_pc;
	end
	else if(store_uncache_nextstate == `STORE_UNCACHE_IDLE) begin
		store_uncache_addr    <= 32'b0;
		store_uncache_data    <= 32'b0;
		store_uncache_rwen    <= 4'b0;
		store_uncache_rw      <= 1'b0;
		store_uncache_en      <= 1'b0;	
		last_store_uncache_pc <=32'b0;
	end

end 
/*
    assign  store_uncache_addr  =  ( (inst0_retire_enable)&&(inst0_store_detect)&&(inst0_uncache)&&(~ store_uncache_data_ok))?alu0_result:'b0;
    assign  store_uncache_data  =  ( (inst0_retire_enable)&&(inst0_store_detect)&&(inst0_uncache)&&(~ store_uncache_data_ok))?alu0_wr_data:'b0;
    assign  store_uncache_rwen  =  ( (inst0_retire_enable)&&(inst0_store_detect)&&(inst0_uncache)&&(~ store_uncache_data_ok))?alu0_ex_rwen:'b0;
    assign  store_uncache_rw   =  1'b1;
    assign  store_uncache_en   =  ( (inst0_retire_enable)&&(inst0_store_detect)&&(inst0_uncache)&&(~ store_uncache_data_ok))?1'b1:1'b0;*/



//----data to store_buffer----//
always @(posedge clk)begin
	if(!rst_)begin
		in_store_data    <= 32'b0;
		in_store_addr    <= 32'b0;
		in_store_valid   <= 1'b0;
		in_store_pc      <= 32'b0;		
	end
	else if((inst0_retire_enable)&&(inst0_store_detect)&&(!inst0_uncache)&&(wb_ready_go))begin
		in_store_data    <= (inst0_fu_select == 2'b00)? alu0_wr_data     : (inst0_fu_select == 2'b01)? alu1_wr_data     : 32'b0;
		in_store_addr    <= (inst0_fu_select == 2'b00)? alu0_result      : (inst0_fu_select == 2'b01)? alu1_result      : 32'b0;
		in_store_rwen    <= (inst0_fu_select == 2'b00)? alu0_ex_rwen     : (inst0_fu_select == 2'b01)? alu1_ex_rwen     : 4'b0;
		//in_store_uncache <= (inst0_fu_select == 2'b00)? alu0_uncacheable : (inst0_fu_select == 2'b01)? alu1_uncacheable : 1'b0;
		in_store_valid   <= 	1'b1;
		in_store_pc      <= (inst0_fu_select == 2'b00)? ex_pc[31:0]      : (inst0_fu_select == 2'b01)? ex_pc[63:32]     : 32'b0;
	end
	else if((inst1_retire_enable)&&(inst1_store_detect)&&(!inst1_uncache)&&(wb_ready_go))begin
		in_store_data    <= (inst1_fu_select == 2'b00)? alu0_wr_data     : (inst1_fu_select == 2'b01)? alu1_wr_data     : 32'b0;
		in_store_addr    <= (inst1_fu_select == 2'b00)? alu0_result      : (inst1_fu_select == 2'b01)? alu1_result      : 32'b0;
		in_store_rwen    <= (inst1_fu_select == 2'b00)? alu0_ex_rwen     : (inst1_fu_select == 2'b01)? alu1_ex_rwen     : 4'b0;
	//	in_store_uncache <= (inst1_fu_select == 2'b00)? alu0_uncacheable : (inst1_fu_select == 2'b01)? alu1_uncacheable : 1'b0;
		in_store_valid   <= 	1'b1;
		in_store_pc      <= (inst0_fu_select == 2'b00)? ex_pc[31:0]      : (inst0_fu_select == 2'b01)? ex_pc[63:32]     : 32'b0;
	end
	else begin
		in_store_data    <= 32'b0;
		in_store_addr    <= 32'b0;
		in_store_rwen    <= 4'b0;
//in_store_uncache <= 1'b0;
		in_store_valid   <= 1'b0;
		in_store_pc      <= 32'b0;
	end

end

endmodule

`undef IDLE